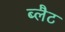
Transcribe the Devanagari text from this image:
ब्लैट